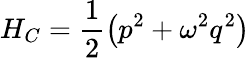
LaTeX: H_{C}=\frac 12\left(p^{2}+\omega^{2}q^{2}\right)